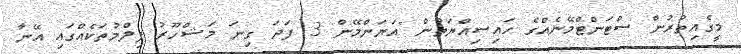
މީގެއިތުރުން ސްޓަންޓްމޭނެއްގެ ހައިސިއްޔަތުން "އަޔަންމޭން 3 ފަދަ ގިނަ މަޝްހޫރު ފިލްމުތަކެއްގައި އޭނާ